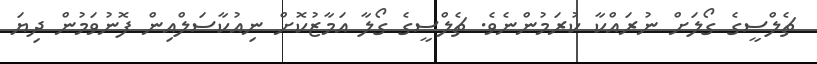
ޗެލްސީގެ ގޯލަށް ނުރައްކާ ކުރަމުންނެވެ. ޗެލްސީގެ ގޯލާ އަމާޒުކޮށް ނިއުކާސަލްއިން ފޮނުވަމުން ދިޔަ